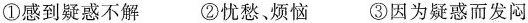
①感到疑惑不解 ②忧愁、烦恼 ③因为疑惑而发闷